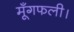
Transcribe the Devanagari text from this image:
मूँगफली।